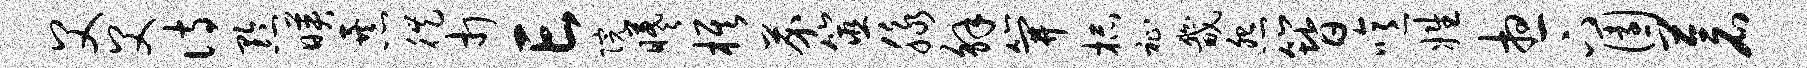
父父诗黔映暴徙打亡院曦旗芥筮脉解笄杯祉畿怨簪噫姓想下园苍